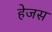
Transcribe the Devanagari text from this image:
हेजस